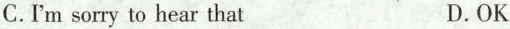
C. I'm sorry to hear that D. OK